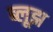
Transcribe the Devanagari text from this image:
ब्लूझ